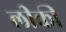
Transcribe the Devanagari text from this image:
लीकी